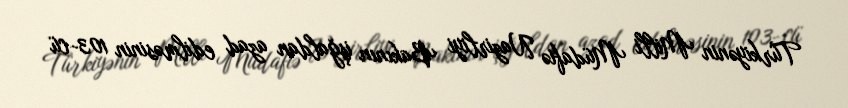
Türkiyənin Milli Müdafiə Nazirliyi Bakının işğaldan azad edilməsinin 103-cü